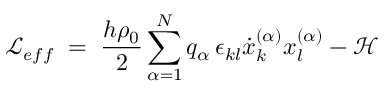
{ \mathcal L } _ { e f f } \; = \; \frac { h \rho _ { 0 } } { 2 } \sum _ { \alpha = 1 } ^ { N } q _ { \alpha } \, \epsilon _ { k l } \dot { x } _ { k } ^ { ( \alpha ) } x _ { l } ^ { ( \alpha ) } - { \mathcal H }